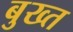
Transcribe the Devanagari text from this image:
बुख्त